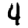
Digit: 4